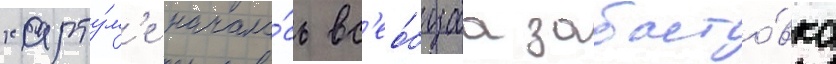
харту́м'е начала́сь вс'ео́бщаа забасто́вка